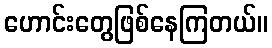
ဟောင်းတွေဖြစ်နေကြတယ်။